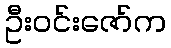
ဦးဝင်းဇော်က